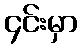
၄င်းမှာ